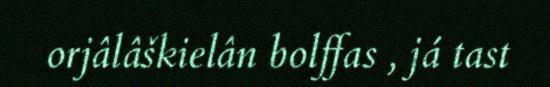
orjâlâškielân bolffas , já tast